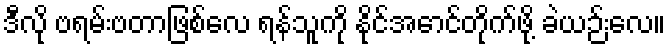
ဒီလို ဗရမ်းဗတာဖြစ်လေ ရန်သူကို နိုင်အောင်တိုက်ဖို့ ခဲယဉ်းလေ။